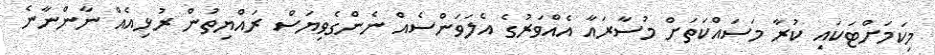
މިކަމަށްޓަކައި ކުރާ މަސައްކަތަށް މުސާރައާ އެއްވަރުގެ އެލަވަންސެއް ނެންގެވިޔަސް ރައްޔިތުން ރުޅިއެއް ނާންނާނެ